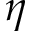
\eta